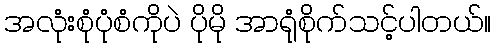
အလုံးစုံပုံစံကိုပဲ ပိုမို အာရုံစိုက်သင့်ပါတယ်။